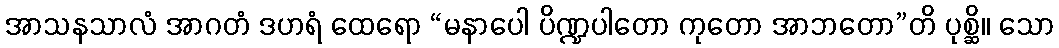
အာသနသာလံ အာဂတံ ဒဟရံ ထေရော “မနာပေါ ပိဏ္ဍပါတော ကုတော အာဘတော”တိ ပုစ္ဆိ။ သော